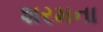
શરમના